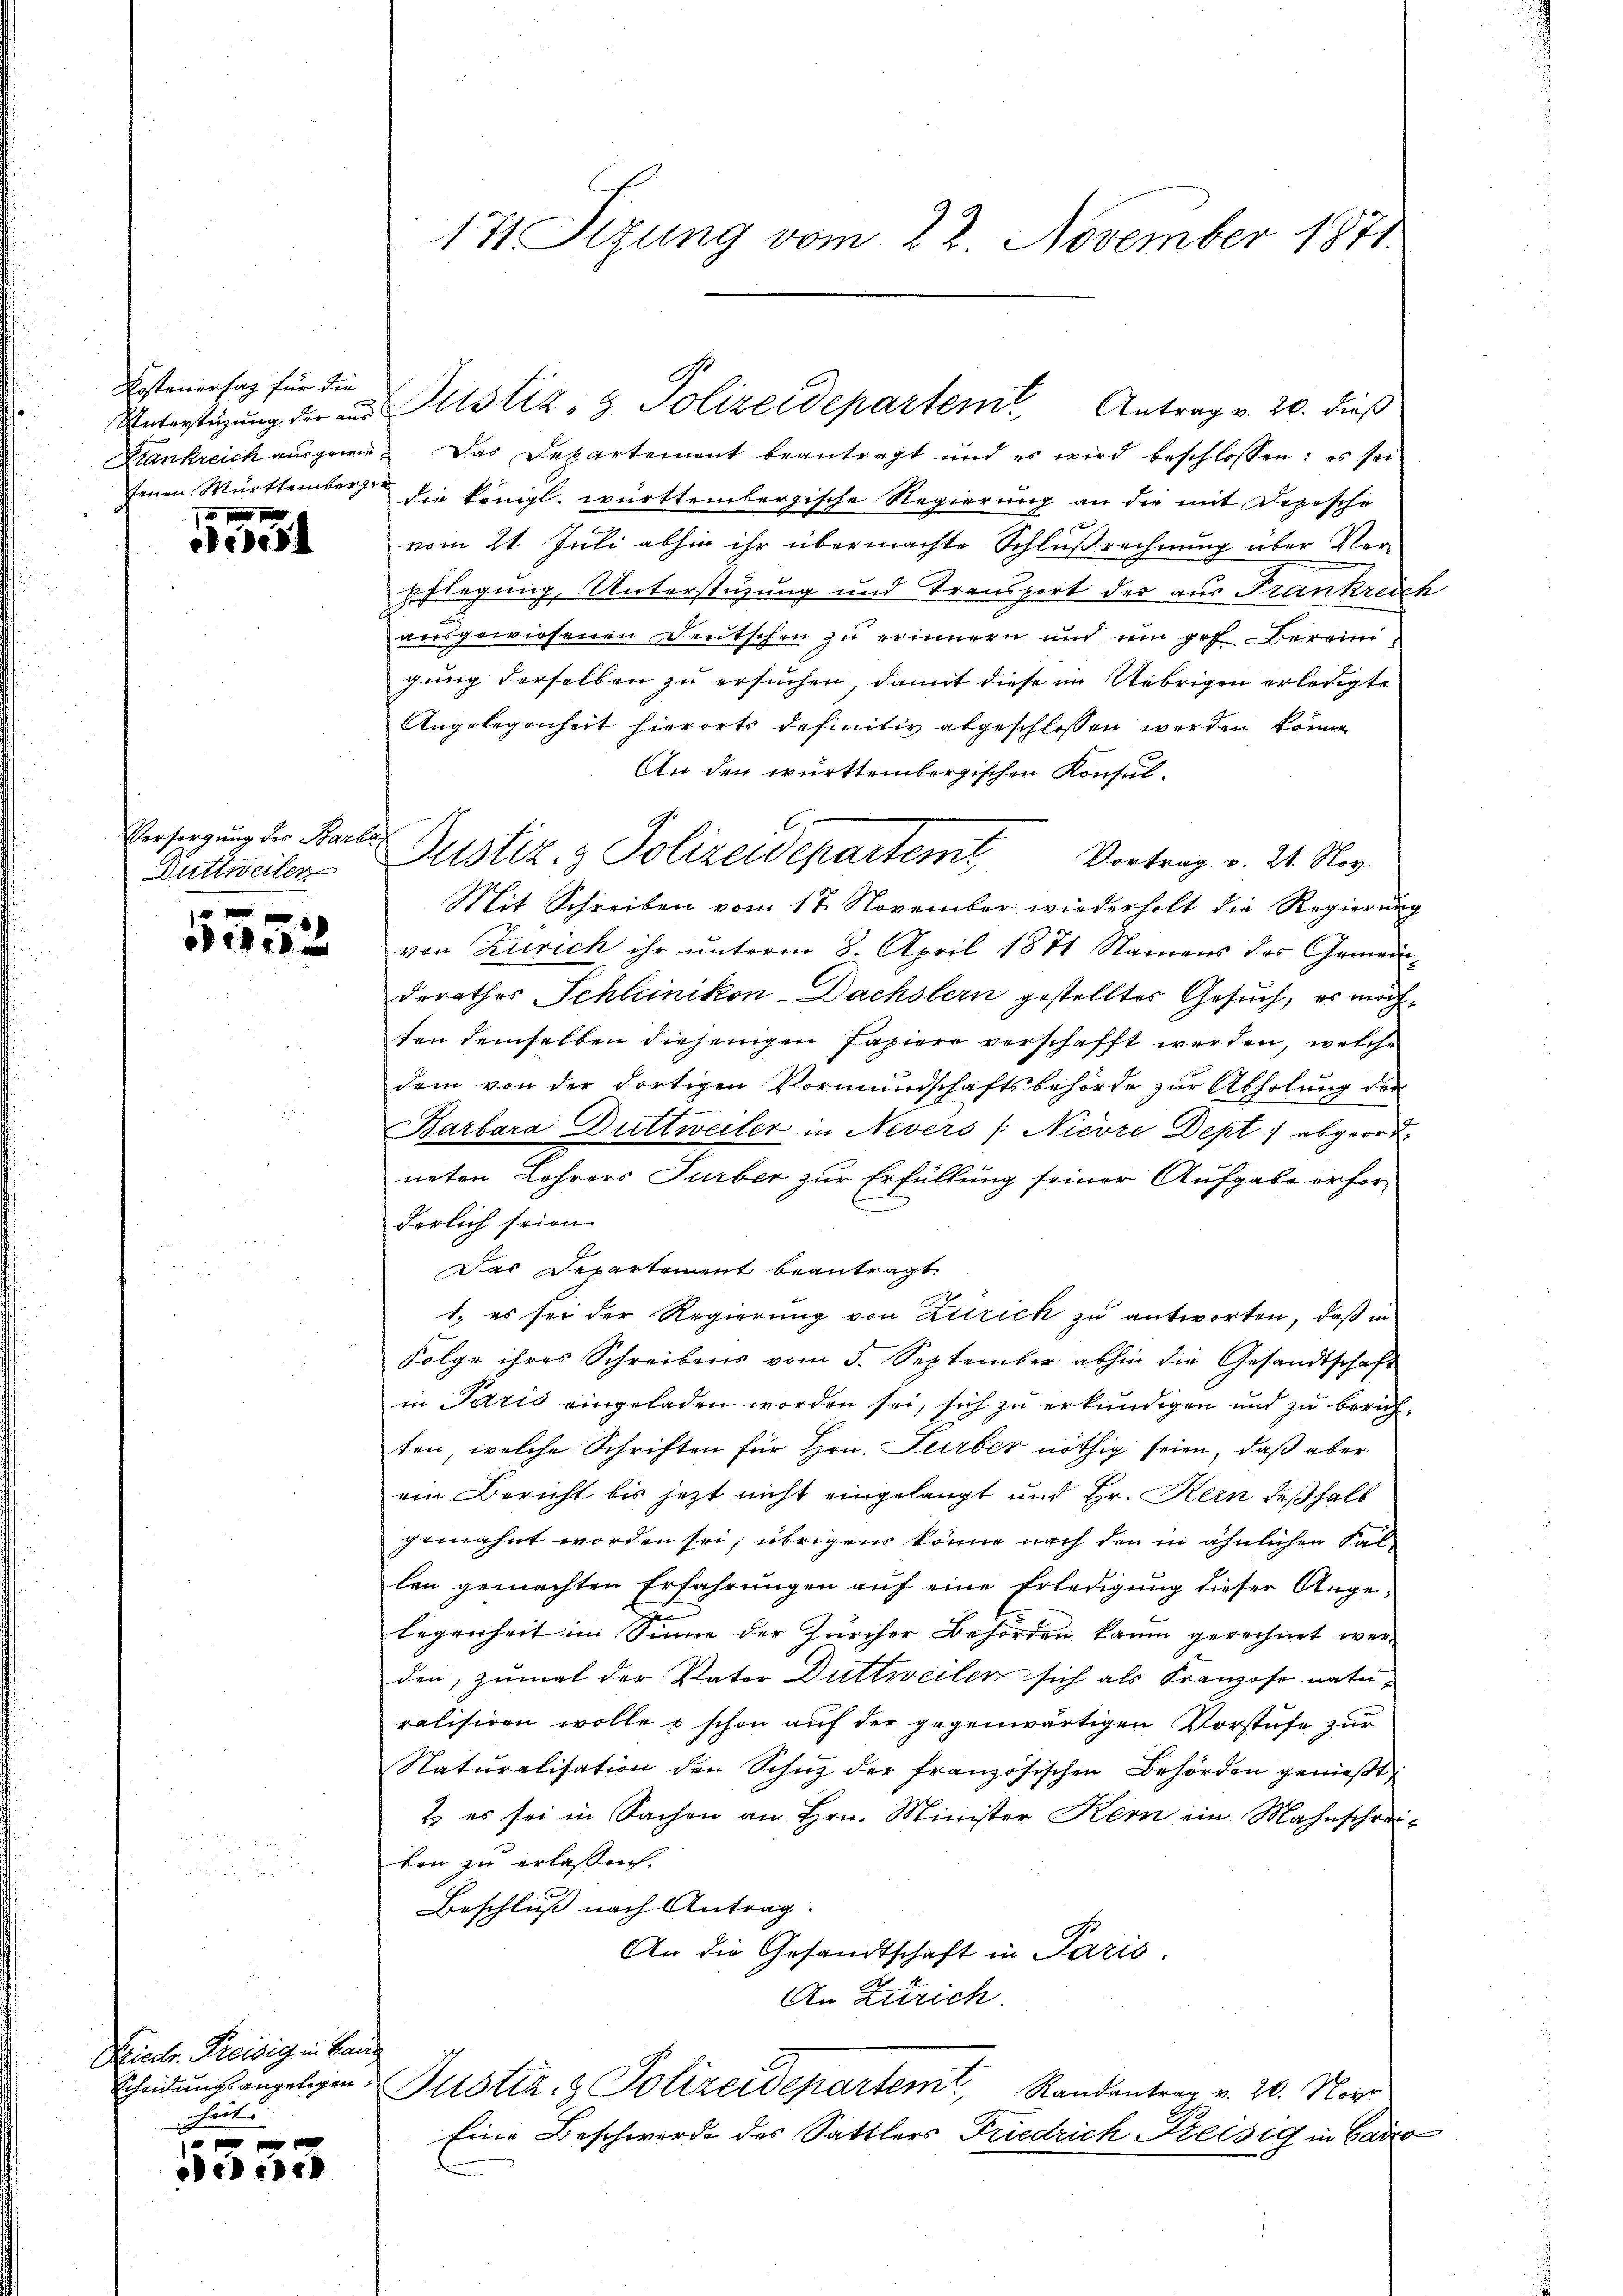
Kostenerhag für die
fenen Mürttembergen

72. 191
eede d

Versorgung der Barli
Duttweiler

x
1353

Diedr. Preisig in Bang
heit |

Delich

Krankreich ausgegen. Das Departement beantragt und es wird beschlossen: es sei
die königl. württembergische Regierung an die mit Depesche
vom 21. Juli abhin ihr übermachte Schlußrechnung über Verpflegung, Unterstüzung und Transport der aus Frankreich
ausgewiesenen Deutschen zu erinnern und um gef Berein
gung derselben zu ersuchen, damit diese im Uebrigen erledigte
Angelegenheit hierorts definitiv abgeschlossen werden könne.
An den württembergischen Konsul-
Mit Schreiben vom 17. November wiederholt die Regierung
von Zürich ihr unterm 8. April 1871 Namens das Gemein-
derathes Schleinikon-Dachslern gestelltes Gesuch, es möchten demselben diejenigen Papiere verschafft werden, welche
dem von der dortigen Vormundschaftsbehörde zur Abholung der
Barbara Duttweiler in Nevers /: Nievre Dept:/ abgeord-
neten Lehrers Turber zur Erfüllung seiner Aufgabe erforderlich seien
Das Departement beantragt.
1., es sei der Regierung von Zürich zu antworten, daß in
Folge ihres Schreibens vom 5. September abhin die Gesandtschaft
in Paris eingeladen worden sei, sich zu erkundigen und zu berichten, welche Schriften für Hrn. Turber nöthig seien, daß aber
ein Bericht bis jetzt nicht eingelangt und Hr. Kern deßhalb
gemahnt worden sei; übrigens könne nach den in ähnlichen Fal-
len gemachten Erfahrungen auf eine Erledigung dieser Angex
legenheit im Sinne der Zürcher Behörden kaum gerechnet werden, zumal der Vater Duttweilen sich als Franzose naturalisiren wolle & schon auf der gegenwärtigen Vorstufe zur
Natŭralisation den Schŭz der französischen Behörden genießt:
2. es sei in Sachen an Hrn. Minister Kern ein Mahnschreiben zu erlassen.
Beschluß nach Antrag.
An die Gesandtschaft in Paris.
An Zürich.
Scheidungsangelegen Justiz- & Polizeidepartem Randantrag v. 20. Nove
Eine Beschwerde des Sattlers Friedrich Kreisig in Caro

171 Sizung vom 22. November 1871.

Unterstüzung der in Pustiz- & Polizeidepartem Antrag v. 20. dieß

C.
Justiz & Polizeidepartem Vortrag v. 24. Nov.